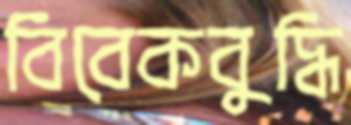
বিবেকবুদ্ধি